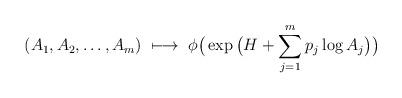
LaTeX: \begin{align*}(A_1,A_2,\dots,A_m) \ \longmapsto\ \phi\big(\exp\big(H+\sum_{j=1}^mp_j\log A_j\big)\big)\end{align*}